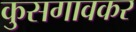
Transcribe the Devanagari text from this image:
कुसगावकर